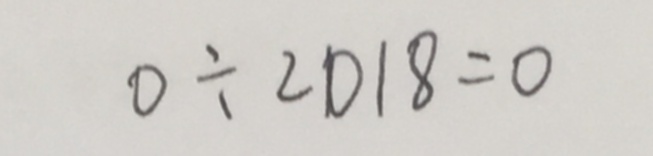
0 \div 2 0 1 8 = 0